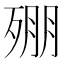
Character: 𣨥